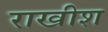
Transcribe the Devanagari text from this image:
राखीश